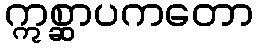
ဣစ္ဆာပကတော